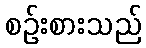
စဉ်းစားသည်